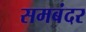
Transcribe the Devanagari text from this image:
समबंदर